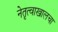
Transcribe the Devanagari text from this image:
नेतृत्वाखालचा